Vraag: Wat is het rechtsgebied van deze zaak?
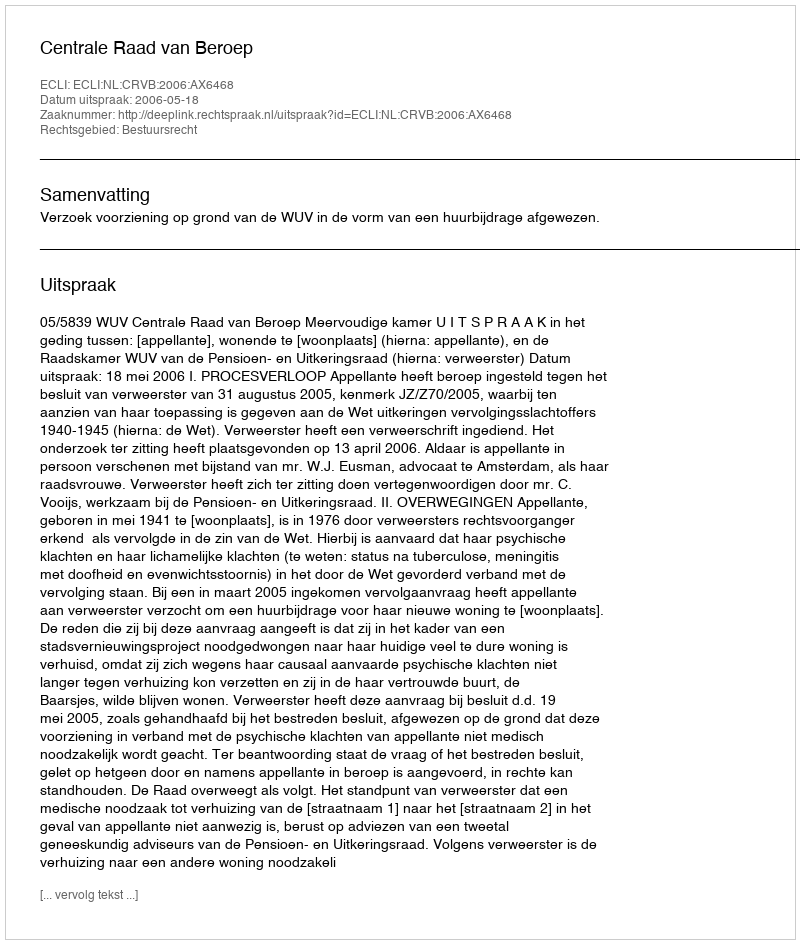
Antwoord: Bestuursrecht